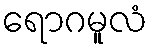
ရောဂမူလံ